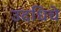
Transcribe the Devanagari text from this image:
उदधिचे